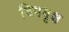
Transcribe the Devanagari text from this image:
विषबृक्ष